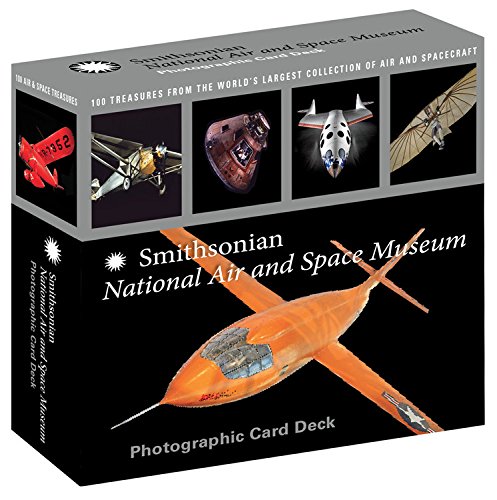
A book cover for Smithsonian National Air and Space Museum Photographic Card Deck: 100 Treasures from the World's Largest Collection of Air and Spacecraft; Dwight Jon Zimmerman; Arts & Photography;